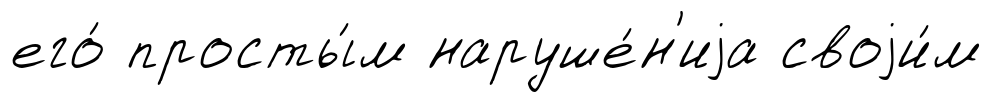
его́ просты́м наруше́н'иjа своjи́м